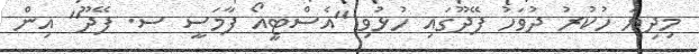
މިދިޔަ ހުކުރު ދުވަހު ފޭދޫގައި ހުޅުވި "އެސްޓީއޯ ފާމަސީ ސ. ފޭދޫ" އިން